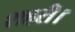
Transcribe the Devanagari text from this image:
शहरी।